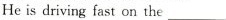
He is driving fast on the___